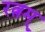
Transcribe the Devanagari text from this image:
रत्नम्‌